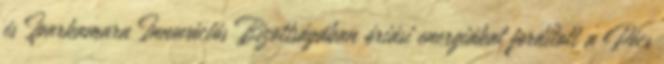
és Iparkamara Innovációs Bizottságában óriási energiákat fordított a Pécs